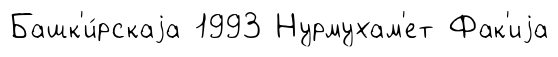
Башк'и́рскаjа 1993 Нурмухам'ет Фак'иjа